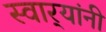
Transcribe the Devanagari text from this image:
स्वार्‍यांनी